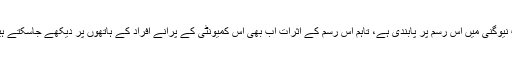
اب نیوگنی میں اس رسم پر پابندی ہے، تاہم اس رسم کے اثرات اب بھی اس کمیونٹی کے پرانے افراد کے ہاتھوں پر دیکھے جاسکتے ہیں۔